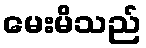
မေးမိသည်